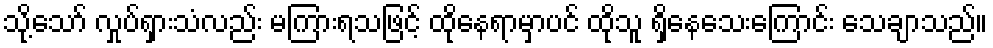
သို့သော် လှုပ်ရှားသံလည်း မကြားရသဖြင့် ထိုနေရာမှာပင် ထိုသူ ရှိနေသေးကြောင်း သေချာသည်။